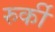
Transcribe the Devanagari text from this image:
रुर्की